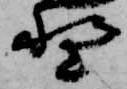
野